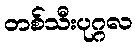
တစ်သီးပုဂ္ဂလ